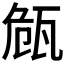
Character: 𭺠